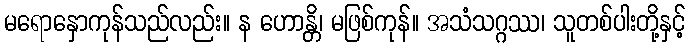
မရောနှောကုန်သည်လည်း။ န ဟောန္တိ၊ မဖြစ်ကုန်။ အသံသဂ္ဂဿ၊ သူတစ်ပါးတို့နှင့်